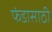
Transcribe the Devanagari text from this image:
फंडासाठी